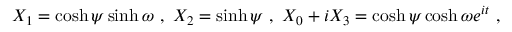
X _ { 1 } = \cosh \psi \sinh \omega ~ , ~ X _ { 2 } = \sinh \psi ~ , ~ X _ { 0 } + i X _ { 3 } = \cosh \psi \cosh \omega e ^ { i t } ~ ,